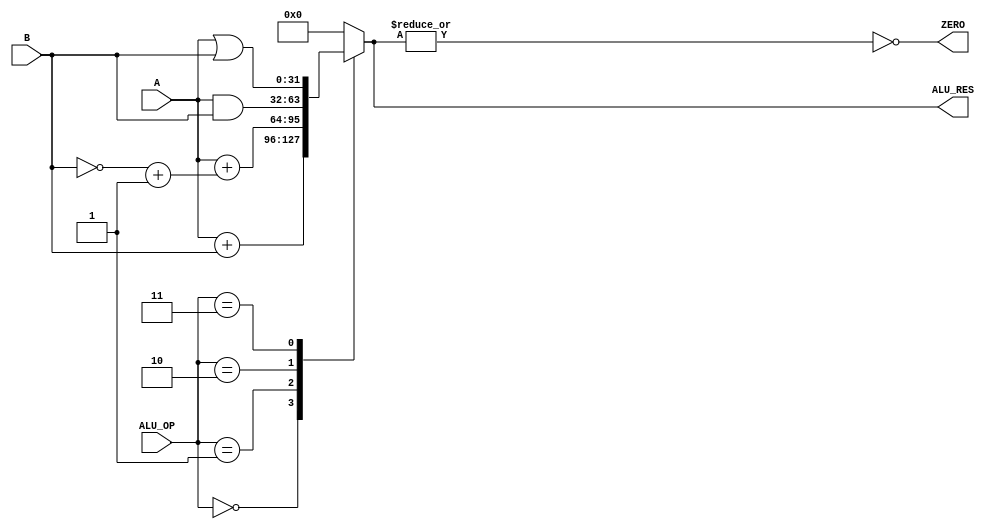
    `timescale 1ps/1ps
    
`define ALU_add 3'd0
`define ALU_sub 3'd1
`define ALU_and 3'd2
`define ALU_or 3'd3
`define ALU_deactive 3'd7

`define push_add 2'd0
`define push_sub 2'd1
`define diagnostic 2'd2
`define nop 2'd3

`define func_add 6'b100000
`define func_sub 6'b100010
`define func_and 6'b100100
`define func_or 6'b100101
`define func_slt 6'b101010
`define func_jr 6'b001000


module alu_dp (A,B,ALU_OP,ZERO,ALU_RES);
    input [31:0] A,B;
    input [2:0] ALU_OP;
    output reg [31:0] ALU_RES;
    output ZERO;

    always @(A,B,ALU_OP)
        case(ALU_OP)
            `ALU_add: ALU_RES = A + B;
            `ALU_sub: ALU_RES = A + (~B + 1'b1);
            `ALU_and: ALU_RES = A & B;
            `ALU_or: ALU_RES = A | B;
            default: ALU_RES=32'd0;
        endcase
    
    assign ZERO = ~(|ALU_RES);
endmodule

module alu_ctrlr(aluop,func,ALU_OP);
    input [1:0] aluop;
    input [5:0] func;
    output reg [2:0] ALU_OP;

    reg[2:0] cnd;

    always @(func) begin
        case(func)
            `func_add: cnd=`ALU_add;
            `func_sub: cnd=`ALU_sub;
            `func_and: cnd=`ALU_and;
            `func_or: cnd=`ALU_or;
            `func_slt: cnd=`ALU_sub;
            `func_jr: cnd=`ALU_deactive;
            default: cnd=`ALU_deactive;
        endcase
    end

    always @(aluop,cnd) begin
        if(aluop==`push_add)
            ALU_OP <= `ALU_add;
        else if(aluop==`push_sub)
            ALU_OP <= `push_sub;
        else if(aluop==`nop)
            ALU_OP <= `ALU_deactive;
        else
            ALU_OP <= cnd;
    end

endmodule